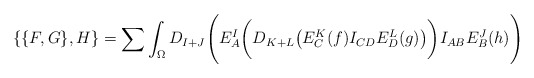
\begin{align*}\{ \{ F,G \} ,H \}=\sum \int_{\Omega}D_{I+J}\Biggl( E^I_A\biggl( D_{K+L}\bigl( E^K_C(f)I_{CD}E^L_D(g)\bigr)\biggr) I_{AB}E^J_B(h)\Biggr)\end{align*}